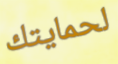
لحمايتك